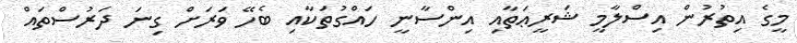
މީގެ އިތުރުން އިސްލާމީ ޝަރީޢަތާއި އިންސާނީ ހައްގުތަކާއި ބެހޭ ވަރަށް ގިނަ ދަރުސްތައް